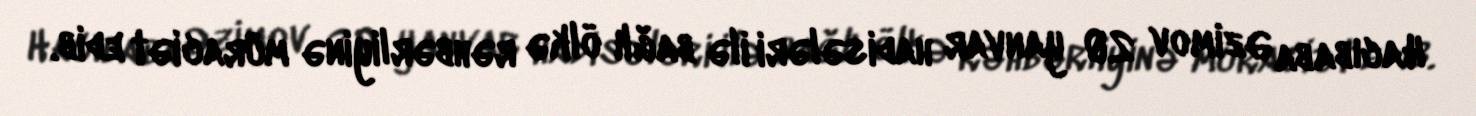
Hacıbaba Əzimov 20 yanvar hadisələri ilə bağlı ölkə rəhbərliyinə müraciət edib.